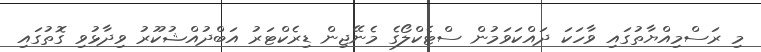
މި ރަސްމިއްޔާތުގައި ވާހަކަ ދައްކަވަމުން ސްޓެކްލޯގެ މެނޭޖިން ޑިރެކްޓަރު އަބްދުއްޝުކޫރު ވިދާޅުވި ގޮތުގައި